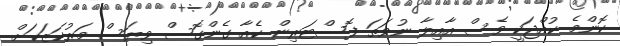
ކޮންމެ ކުއްޖަކީ ވެސް އާއިލާ ނުވަތަ ފޮސްޓަރިން ކެއާ ގެންގޮސް ވިޔަސް މަރުކަޒަކަށް